65_HS1-834228961_62-HQ-83894_Section_2
Agency: FBI
Page 187
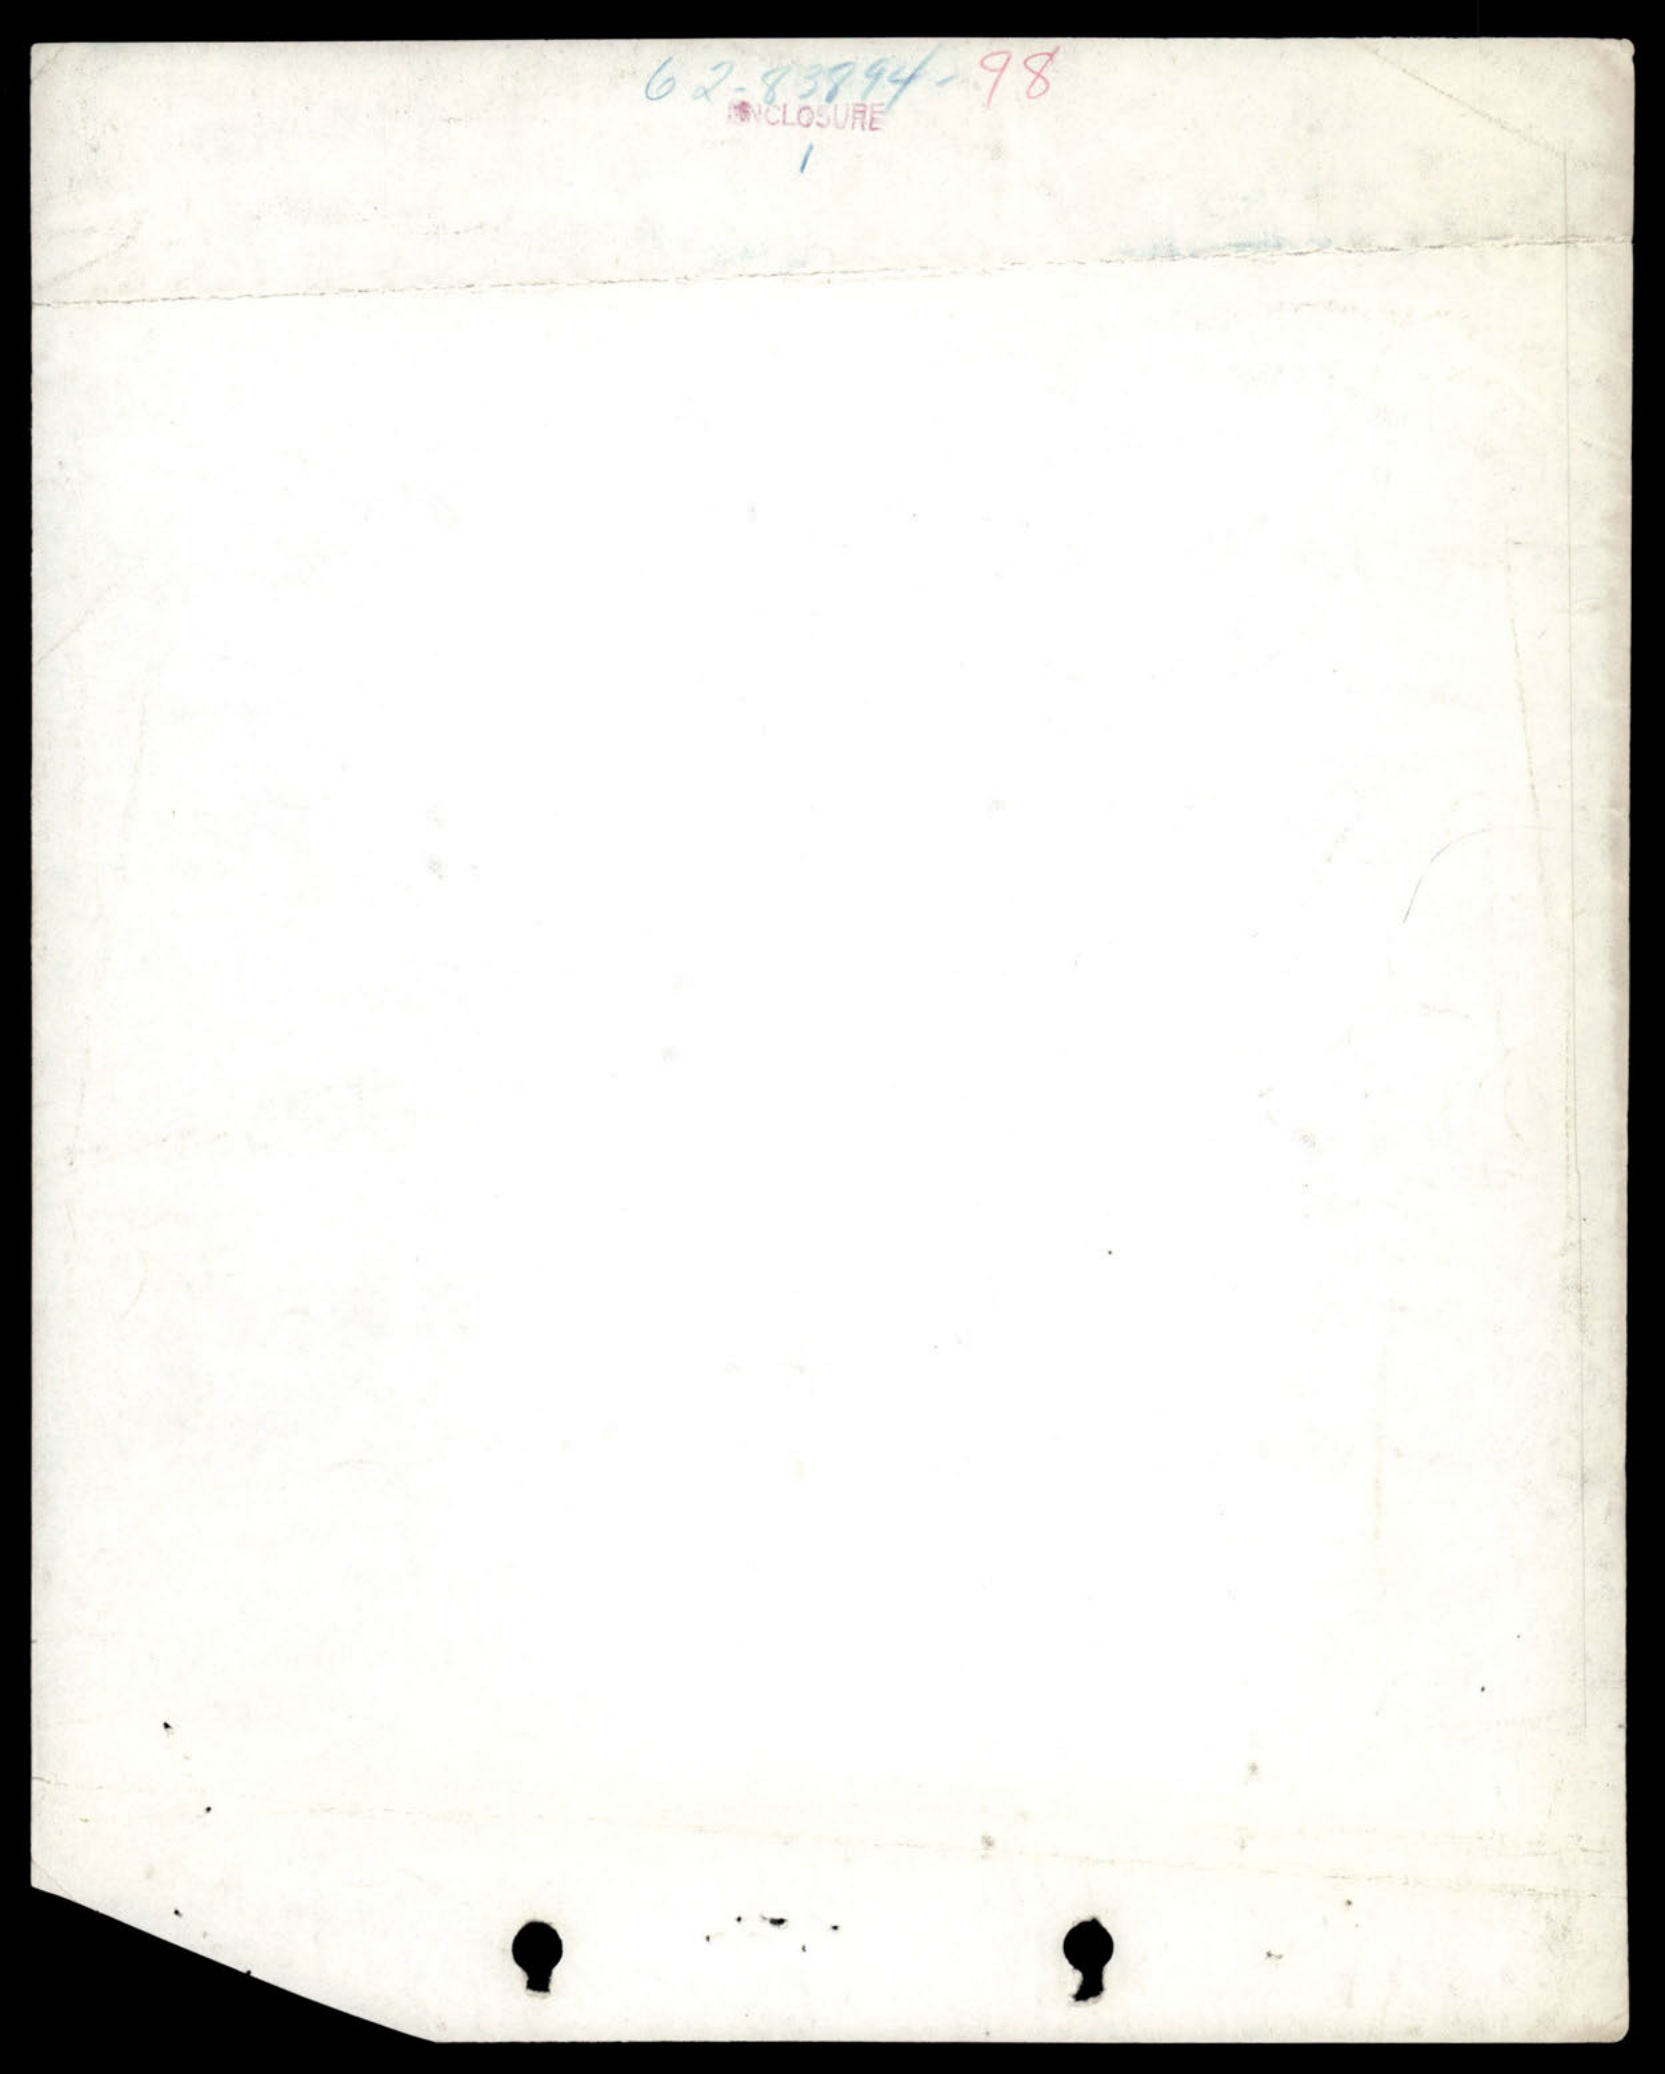